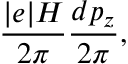
\frac { \vert e \vert H } { 2 \pi } \frac { d p _ { z } } { 2 \pi } , \nonumber